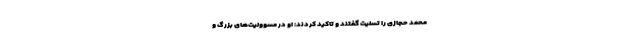
محمد حجازی را تسلیت گفتند و تاکید کردند: او در مسوولیت‌های بزرگ و